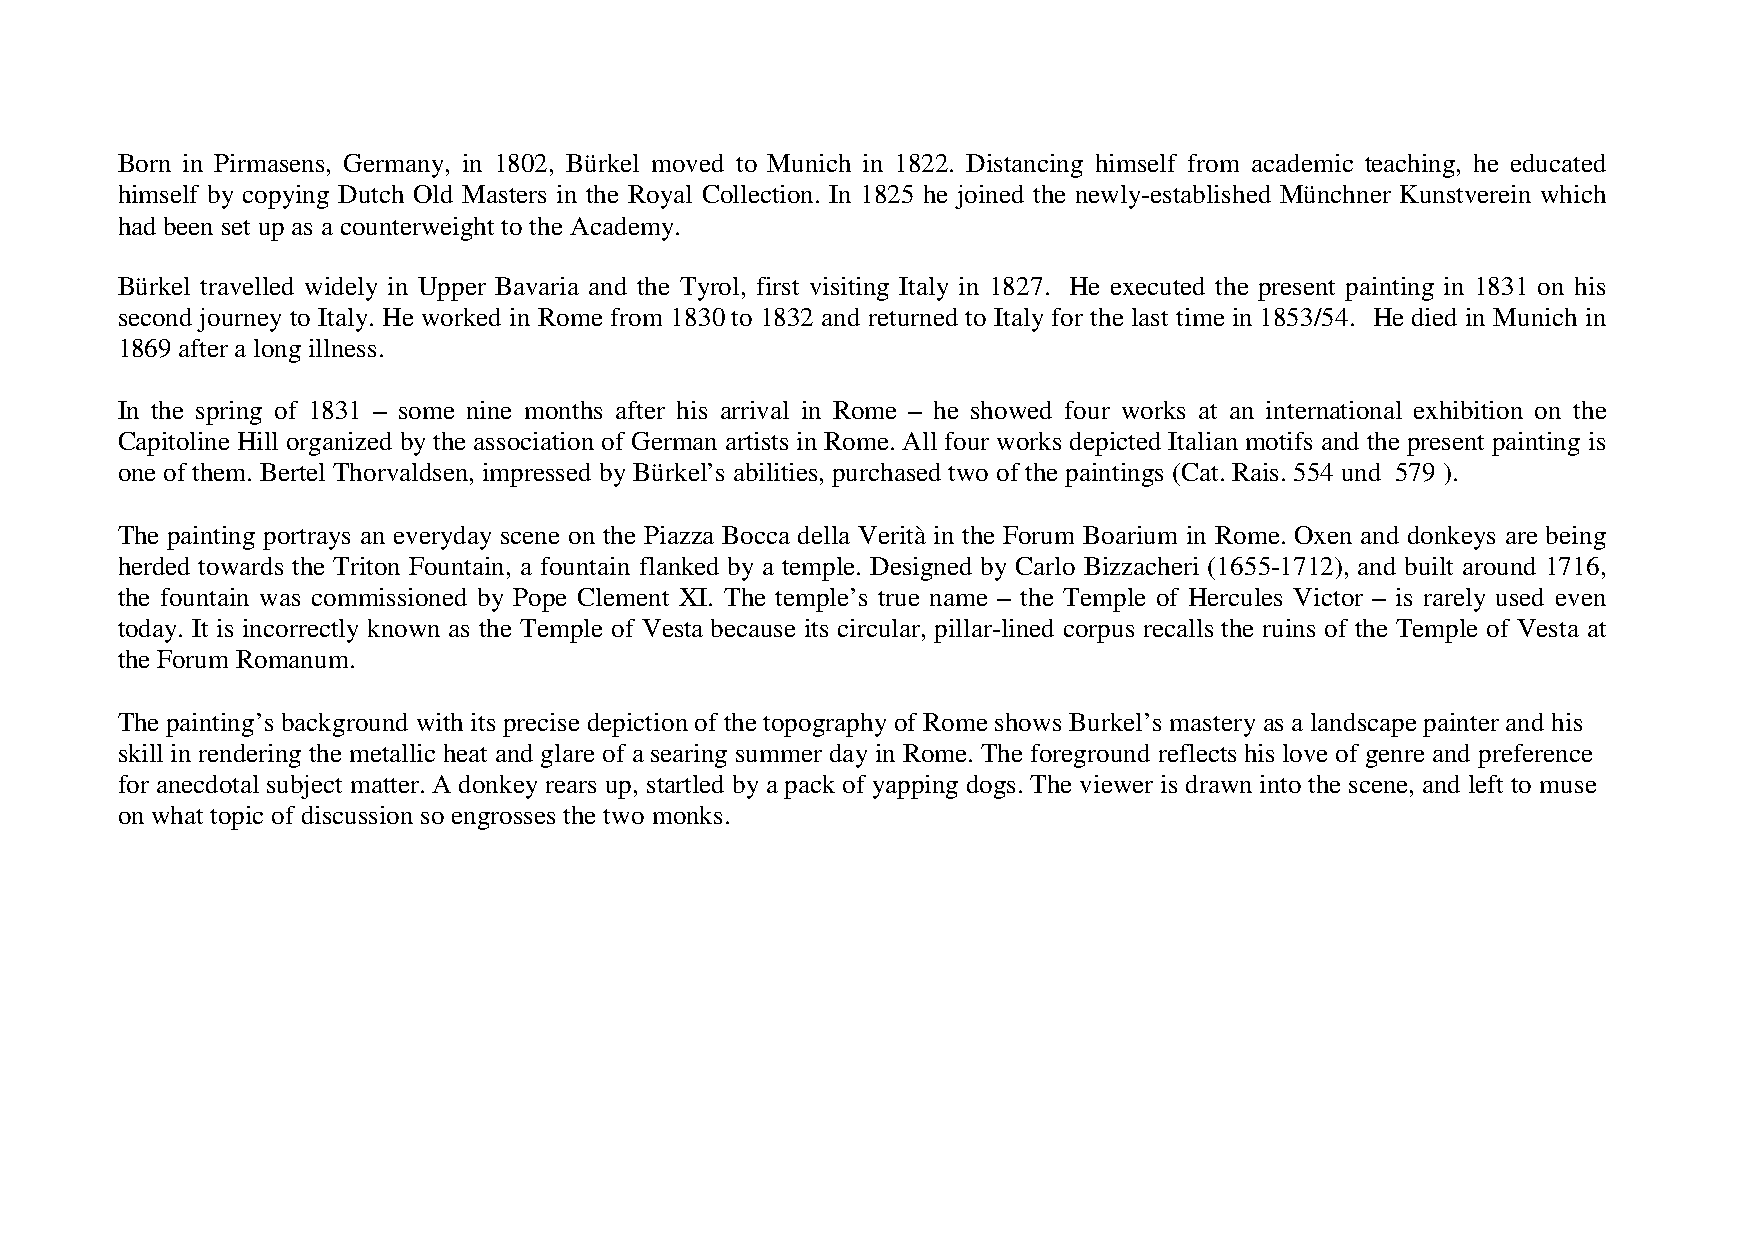
Born in Pirmasens, Germany, in 1802, Bürkel moved to Munich in 1822. Distancing himself from academic teaching, he educated
 himself by copying Dutch Old Masters in the Royal Collection. In 1825 he joined the newly-established Münchner Kunstverein which
 had been set up as a counterweight to the Academy.
 Bürkel travelled widely in Upper Bavaria and the Tyrol, first visiting Italy in 1827. He executed the present painting in 1831 on his
 second journey to Italy. He worked in Rome from 1830 to 1832 and returned to Italy for the last time in 1853/54. He died in Munich in
 1869 after a long illness.
 In the spring of 1831 – some nine months after his arrival in Rome – he showed four works at an international exhibition on the
 Capitoline Hill organized by the association of German artists in Rome. All four works depicted Italian motifs and the present painting is
 one of them. Bertel Thorvaldsen, impressed by Bürkel’s abilities, purchased two of the paintings (Cat. Rais. 554 und 579 ).
 The painting portrays an everyday scene on the Piazza Bocca della Verità in the Forum Boarium in Rome. Oxen and donkeys are being
 herded towards the Triton Fountain, a fountain flanked by a temple. Designed by Carlo Bizzacheri (1655-1712), and built around 1716,
 the fountain was commissioned by Pope Clement XI. The temple’s true name – the Temple of Hercules Victor – is rarely used even
 today. It is incorrectly known as the Temple of Vesta because its circular, pillar-lined corpus recalls the ruins of the Temple of Vesta at
 the Forum Romanum.
 The painting’s background with its precise depiction of the topography of Rome shows Burkel’s mastery as a landscape painter and his
 skill in rendering the metallic heat and glare of a searing summer day in Rome. The foreground reflects his love of genre and preference
 for anecdotal subject matter. A donkey rears up, startled by a pack of yapping dogs. The viewer is drawn into the scene, and left to muse
 on what topic of discussion so engrosses the two monks.